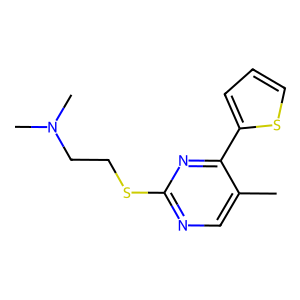
SMILES: Cc1cnc(SCCN(C)C)nc1-c1cccs1
Inhibits HIV replication: No